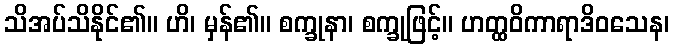
သိအပ်သိနိုင်၏။ ဟိ၊ မှန်၏။ စက္ခုနာ၊ စက္ခုဖြင့်။ ဟတ္ထဝိကာရာဒိဝသေန၊